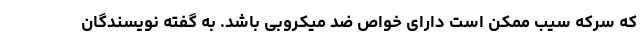
که سرکه سیب ممکن است دارای خواص ضد میکروبی باشد. به گفته نویسندگان